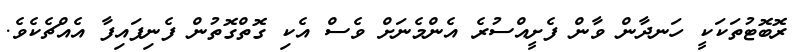
ރޮބޮޓުތަކަކީ ހަނދާން ވާން ފެށީއްސުރެ އެންމެނަށް ވެސް އެކި ގޮތްގޮތުން ފެނިފައިފާ އެއްޗެކެވެ.